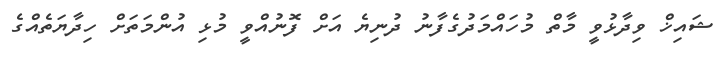
ޝައިޚް ވިދާޅުވީ މާތް މުހައްމަދުގެފާނު ދުނިޔެ އަށް ފޮނުއްވީ މުޅި އުންމަތަށް ހިދާޔަތެއްގެ